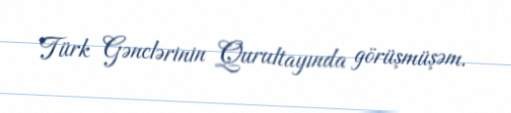
Türk Gənclərinin Qurultayında görüşmüşəm.